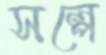
সল্পে